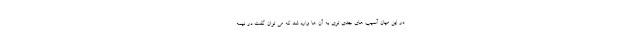
در این میان آسیب های جدی تری به آن ها وارد شد که می توان گفت در نیمه